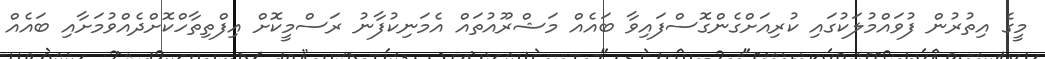
މީގެ އިތުރުން ފުވައްމުލަކުގައި ކުރިއަށްގެންގޮސްފައިވާ ބައެއް މަޝްރޫއުތައް އެމަނިކުފާނު ރަސްމީކޮށް އިފްތިތާހްކޮށްދެއްވުމަށާއި ބައެއް